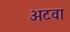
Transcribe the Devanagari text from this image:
अटवा